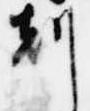
刻